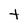
Character: t